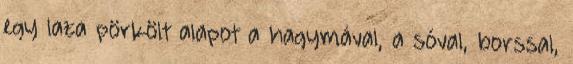
egy laza pörkölt alapot a hagymával, a sóval, borssal,